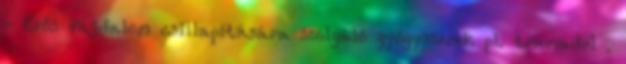
- Erős fájdalom csillapítására szolgáló gyógyszerek pl. tramadol .